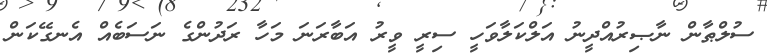
ސުލްޠާން ނާޞިރުއްދީނު އަލްކަލާވަހީ ސިރީ ވީރު އަބާރަނަ މަހާ ރަދުންގެ ނަސަބެއް އެނގޭކަން